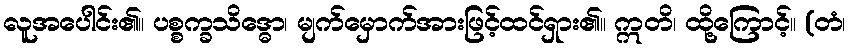
လူအပေါင်း၏။ ပစ္စက္ခသိဒ္ဓော၊ မျက်မှောက်အားဖြင့်ထင်ရှား၏။ ဣတိ၊ ထို့ကြောင့်။ (တံ၊